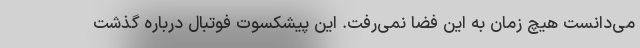
می‌دانست هیچ زمان به این فضا نمی‌رفت. این پیشکسوت فوتبال درباره گذشت